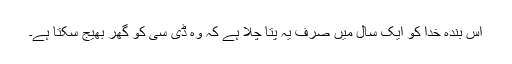
اس بندۂ خدا کو ایک سال میں صرف یہ پتا چلا ہے کہ وہ ڈی سی کو گھر بھیج سکتا ہے۔